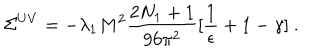
\Sigma ^ { U V } = - \lambda _ { 1 } M ^ { 2 } \frac { 2 N _ { 1 } + 1 } { 9 6 \pi ^ { 2 } } [ \frac { 1 } { \epsilon } + 1 - \gamma ] ~ .